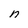
Character: n